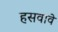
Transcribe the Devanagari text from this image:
हसवावे